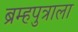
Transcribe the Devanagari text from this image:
ब्रम्हपुत्राला